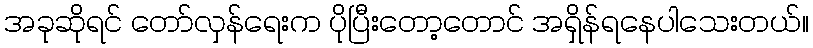
အခုဆိုရင် တော်လှန်ရေးက ပိုပြီးတော့တောင် အရှိန်ရနေပါသေးတယ်။